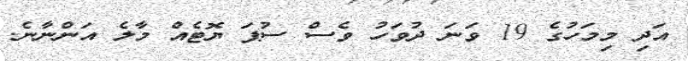
އަދި މިމަހުގެ 19 ވަނަ ދުވަހު ވެސް ސުޕަ ޔޮޓެއް މާލެ އަންނާނެ.